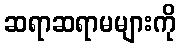
ဆရာဆရာမများကို